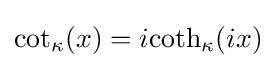
{\rm {cot}}_{\kappa }(x)=i{\rm {coth}}_{\kappa }(ix)